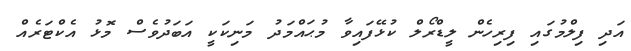
އަދި ފިލްމުގައި ފިރިހެން ލީޑްރޯލް ކުޅޭފައިވާ މުޙައްމަދު މަނިކަކީ އަބަދުވެސް މޮޅު އެކްޓަރެއް